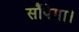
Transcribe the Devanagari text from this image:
सौंपेगा।